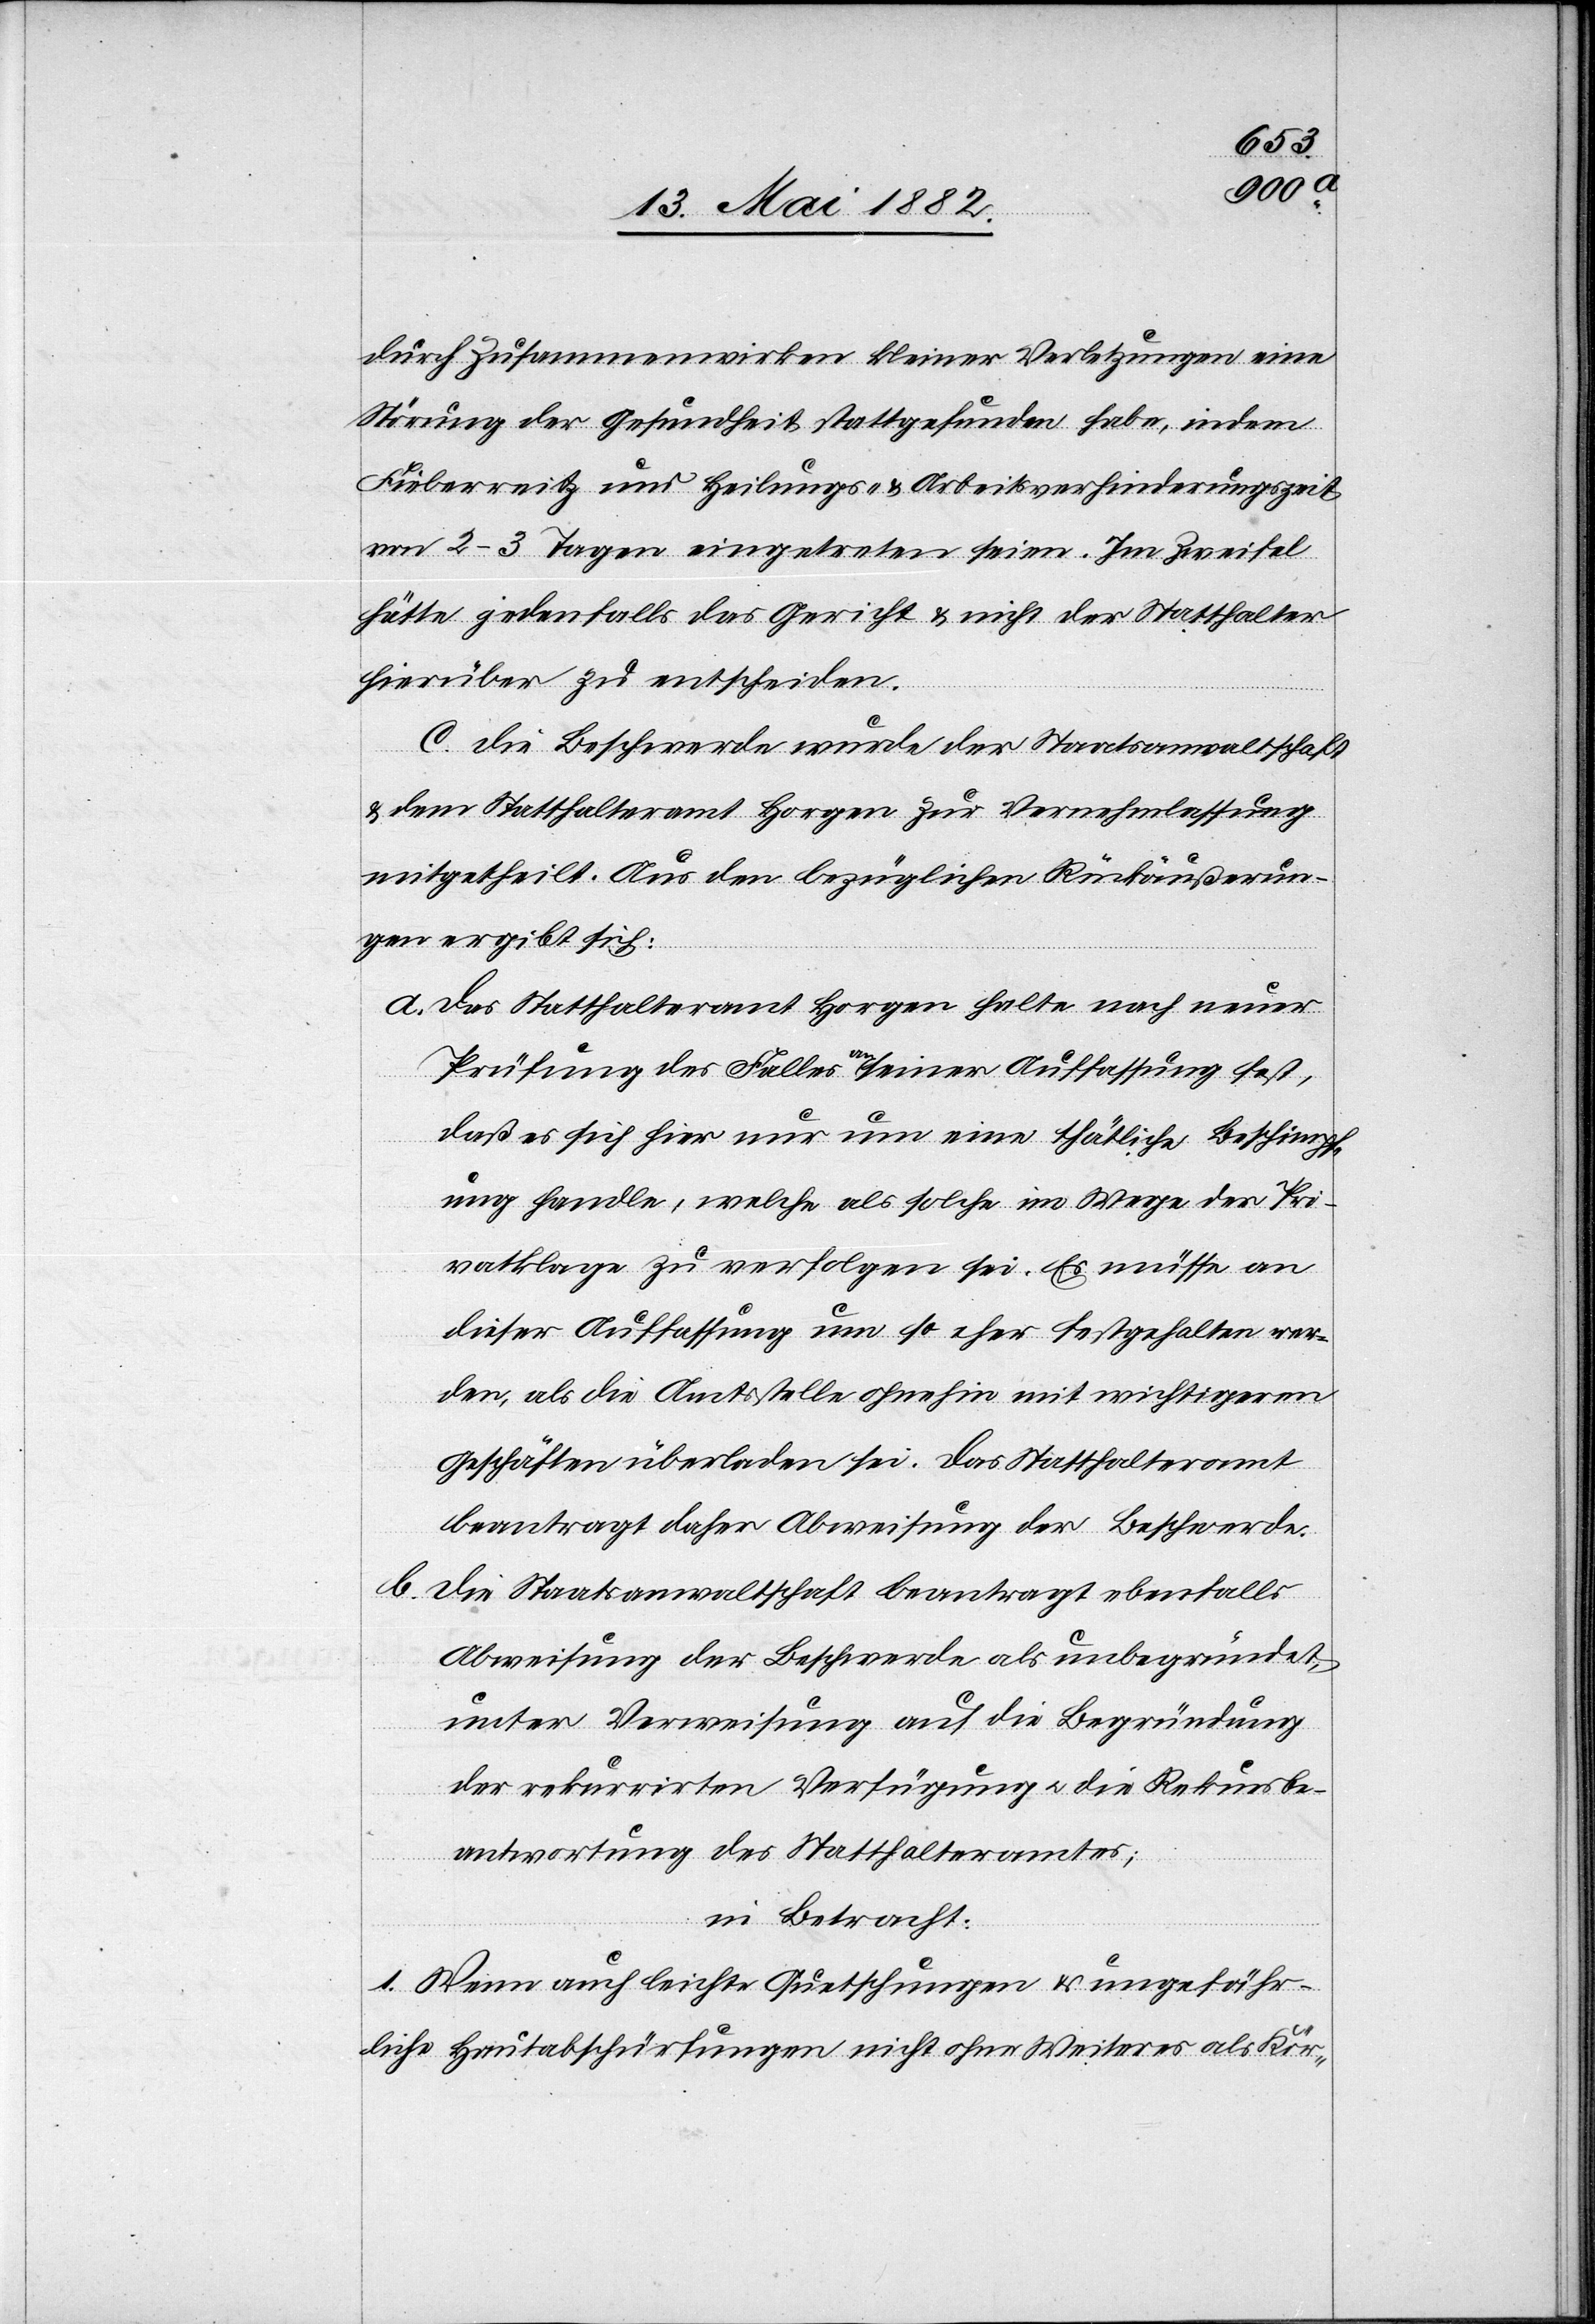
durch Zusammenwirkung kleinerer Verletzungen eine
Störung der Gesundheit stattgefunden habe, indem
Fieberreitz und Heilungs- & Arbeitsverhinderungszeit
von 2–3 Tagen eingetreten seien. Im Zweifel
hätte jedenfalls das Gericht & nicht der Statthalter
hierüber zu entscheiden.
C. Die Beschwerde wurde der Staatsanwaltschaft
& dem Statthalteramt Horgen zur Vernehmlassung
mitgetheilt. Aus den bezüglichen Rückäußerun¬
gen ergibt sich:
a. Das Statthalteramt Horgen halte nach neuer
Prüfung des Falles an seiner Auffassung fest,
daß es sich hier nur um eine thätliche Beschimpf¬
ung handle, welche als solche im Wege der Pri¬
vatklage zu verfolgen sei. Es müsse an
dieser Auffassung um so eher festgehalten wer¬
den, als die Amtsstelle ohnehin mit wichtigeren
Geschäften überladen sei. Das Statthalteramt
beantragt daher Abweisung der Beschwerde.
b. Die Staatsanwaltschaft beantragt ebenfalls
Abweisung der Beschwerde als unbegründet,
unter Verweisung auf die Begründung
der rekurrirten Verfügung u. die Rekursbe¬
antwortung des Statthalteramtes;
in Betracht:
1. Wenn auch leichte Quetschungen & ungefähr¬
liche Hautabschürfungen nicht ohne Weiteres als Kör-